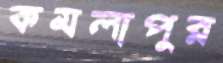
কমলাপুর